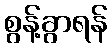
စွန့်ခွာရန်